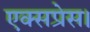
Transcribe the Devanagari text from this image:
एक्‍सप्रेस।